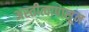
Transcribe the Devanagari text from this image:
अस्तीत्वापासून